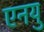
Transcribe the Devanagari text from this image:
एनयु